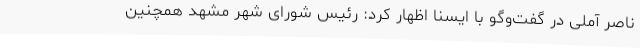
ناصر آملی در گفت‌وگو با ایسنا اظهار کرد: رئیس شورای شهر مشهد همچنین